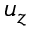
u _ { z }